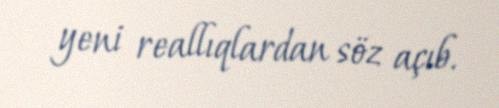
yeni reallıqlardan söz açıb.